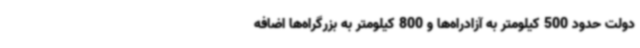
دولت حدود 500 کیلومتر به آزادراه‌ها و 800 کیلومتر به بزرگراه‌ها اضافه